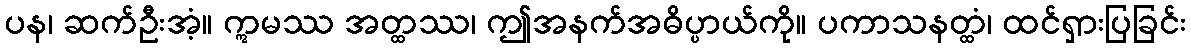
ပန၊ ဆက်ဦးအံ့။ ဣမဿ အတ္ထဿ၊ ဤအနက်အဓိပ္ပာယ်ကို။ ပကာသနတ္ထံ၊ ထင်ရှားပြခြင်း